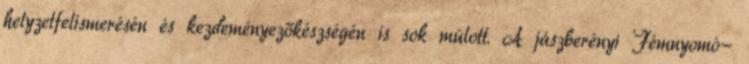
helyzetfelismerésén és kezdeményezőkészségén is sok múlott. A jászberényi Fémnyomó-